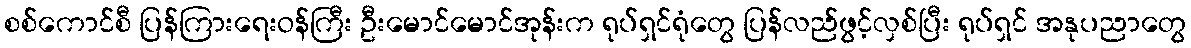
စစ်ကောင်စီ ပြန်ကြားရေးဝန်ကြီး ဦးမောင်မောင်အုန်းက ရုပ်ရှင်ရုံတွေ ပြန်လည်ဖွင့်လှစ်ပြီး ရုပ်ရှင် အနုပညာတွေ